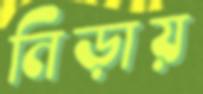
নিড়ায়